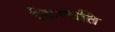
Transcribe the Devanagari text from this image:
किम्मति